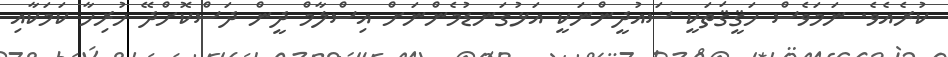
ކުރެއެވެ. ނަމަވެސް ހަޤީޤަތަކީ ސައުދީންނަކީ އަޅުގަނޑުމެންނަށް އިސްލާމް ދީން ދަސްކޮށްދޭ ހުރިހާ ކަމަކާއި